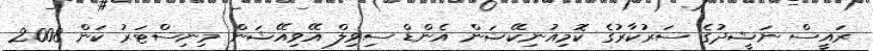
ރައީސް ނަޝީދުގެ ސަރުކާރުގެ ކޮމިއުނިކޭޝަން އެންޑް ސިވިލް އޭވިއޭޝަން މިނިސްޓަރު ކަން 2008